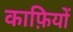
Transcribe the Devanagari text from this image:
काफ़ियों